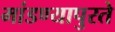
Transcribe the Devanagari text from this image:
मांडण्यापुरते